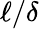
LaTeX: \ell/\delta